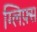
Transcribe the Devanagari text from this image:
ग्लिफ़्स